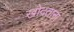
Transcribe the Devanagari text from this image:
खोदताना